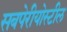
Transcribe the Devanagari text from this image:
सबपेरीयोस्टील